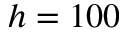
h = 1 0 0